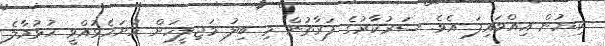
ކިޔުން އިއްވައިފަ އެވެ. ސަރުކާރުގެ ފަރާތުން މި ބިލު މަޖިލީހަށް ހުށަހެޅުއްވީ ހުޅުމާލެ